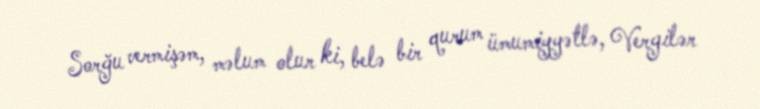
Sorğu vermişəm, məlum olur ki, belə bir qurum ümumiyyətlə, Vergilər